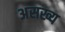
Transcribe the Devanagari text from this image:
असख्य